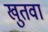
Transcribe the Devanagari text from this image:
खुतवा